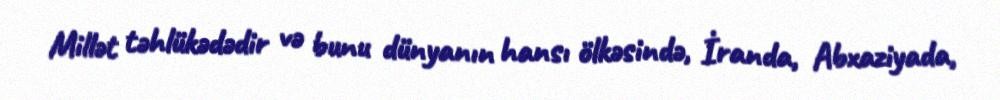
Millət təhlükədədir və bunu dünyanın hansı ölkəsində, İranda, Abxaziyada,